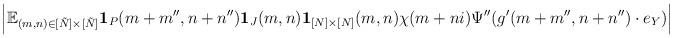
LaTeX: \begin{align*} \Bigl\vert\mathbb{E}_{(m,n)\in [\tilde{N}]\times[\tilde{N}]}\bold{1}_{P}(m+m'',n+n'')\bold{1}_{J}(m,n)\bold{1}_{[N]\times[N]}(m,n)\chi(m+ni)\Psi''(g'(m+m'',n+n'')\cdot e_{Y})\Bigr\vert \end{align*}